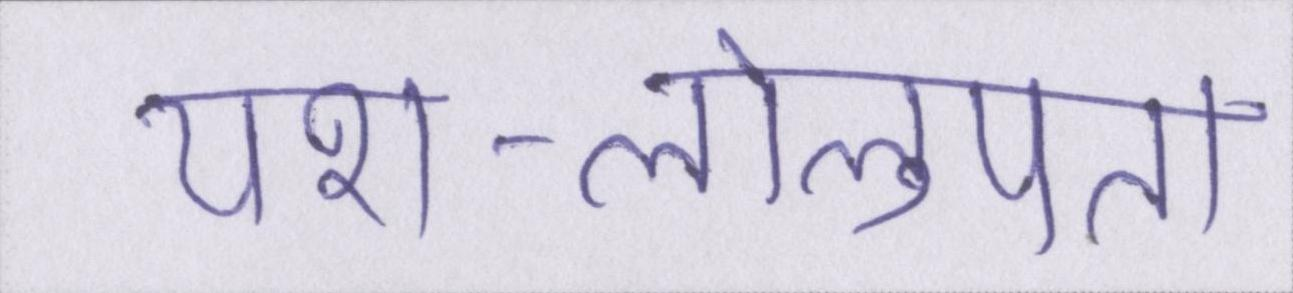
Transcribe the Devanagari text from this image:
यश-लोलुपता